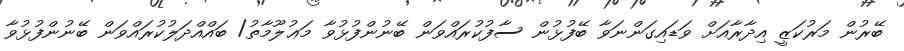
ބޭރުން މަރުކަޒީ އިދާރާއަށް ވަޑައިގަންނަވާ ބޭފުޅުން ސާފުކުރައްވަން ބޭނުންފުޅުވާ މަޢުލޫމާތު/ ބައްއްދަލުކުރައްވަން ބޭނުންފުޅުވާ